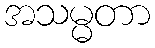
အသမ္မတာ